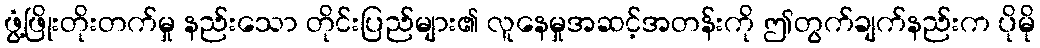
ဖွံ့ဖြိုးတိုးတက်မှု နည်းသော တိုင်းပြည်များ၏ လူနေမှုအဆင့်အတန်းကို ဤတွက်ချက်နည်းက ပိုမို